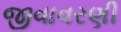
જીવાવરણી